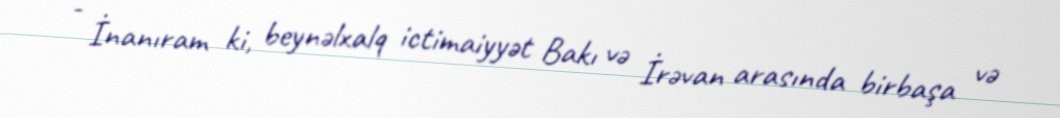
- İnanıram ki, beynəlxalq ictimaiyyət Bakı və İrəvan arasında birbaşa və